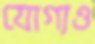
যোগ্যও